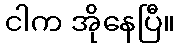
ငါက အိုနေပြီ။